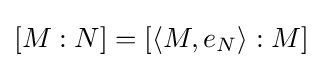
[M:N]=[\langle M,e_{N}\rangle :M]